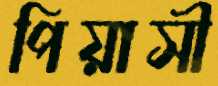
পিয়াসী